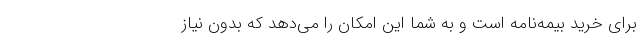
برای خرید بیمه‌نامه است و به شما این امکان را می‌دهد که بدون نیاز